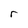
Character: r